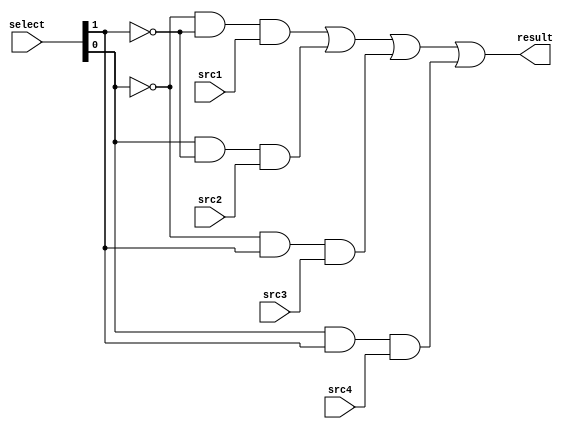
module MUX4to1(
	input			src1,
	input			src2,
	input			src3,
	input			src4,
	input   [2-1:0] select, // input [1:0] select
	output  		result
	);
assign result = ((~select[0]) && (~select[1]) && src1) || (select[0] && (~select[1]) && src2) || ((~select[0]) && select[1] && src3) || (select[0] && select[1] && src4);
	
endmodule